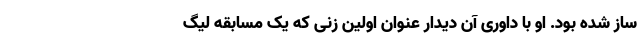
ساز شده بود. او با داوری آن دیدار عنوان اولین زنی که یک مسابقه لیگ